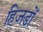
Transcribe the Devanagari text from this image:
हिजडों